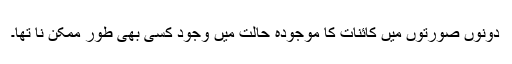
دونوں صورتوں میں کائنات کا موجودہ حالت میں وجود کسی بھی طور ممکن نا تھا۔